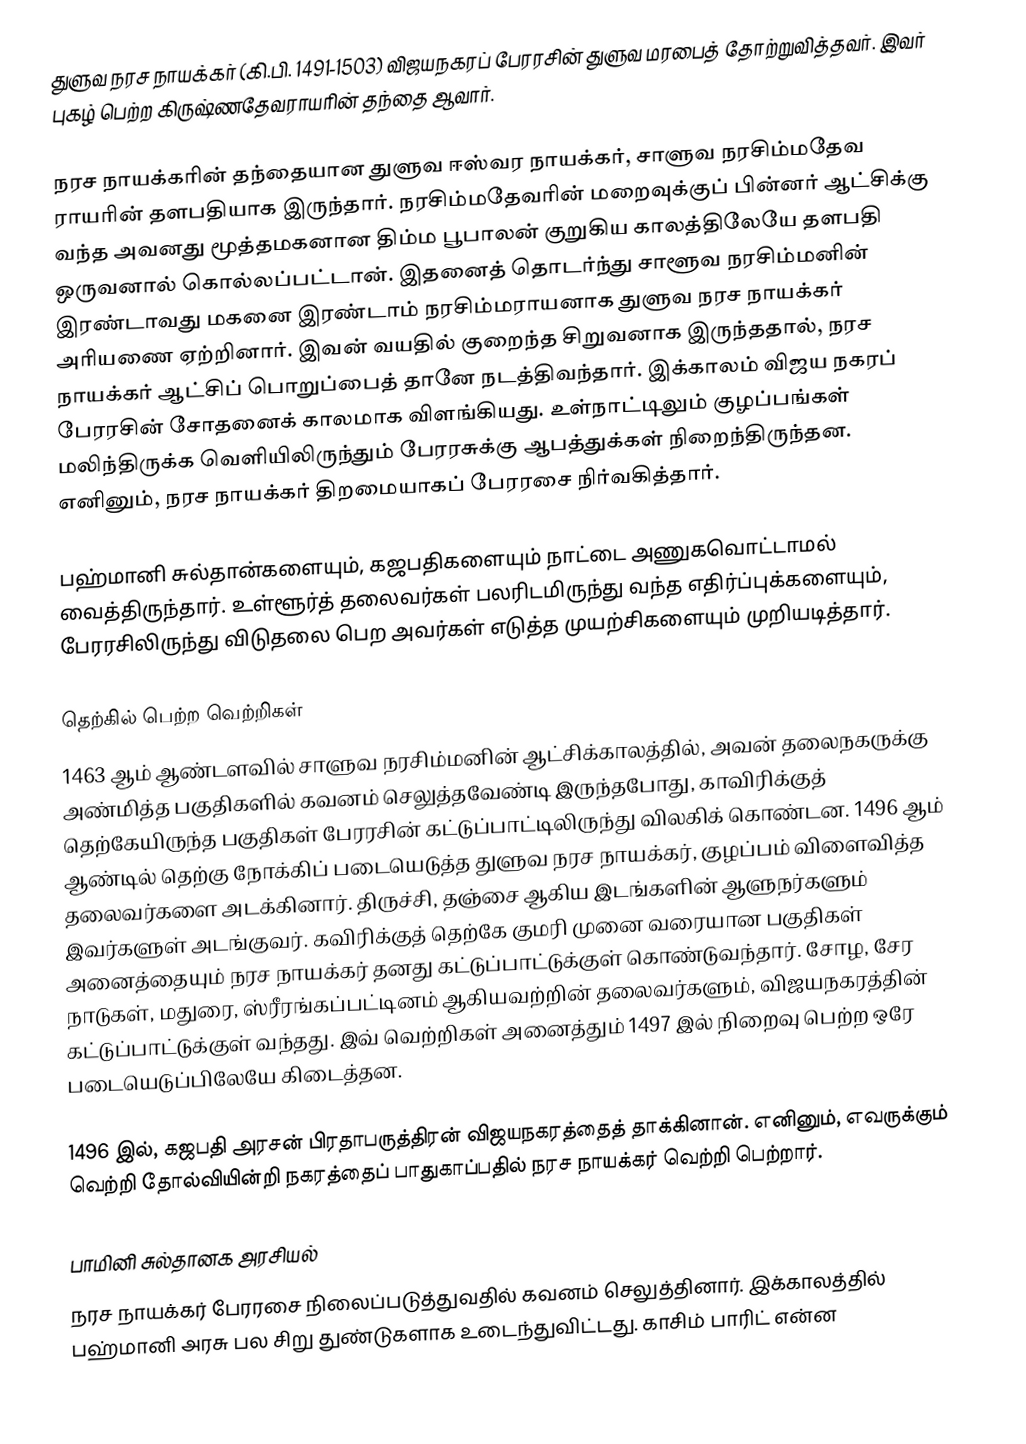
துளுவ நரச நாயக்கர் (கி.பி. 1491-1503) விஜயநகரப் பேரரசின் துளுவ மரபைத் தோற்றுவித்தவர். இவர் புகழ் பெற்ற கிருஷ்ணதேவராயரின் தந்தை ஆவார்.

நரச நாயக்கரின்  தந்தையான துளுவ ஈஸ்வர நாயக்கர், சாளுவ நரசிம்மதேவ ராயரின் தளபதியாக இருந்தார். நரசிம்மதேவரின் மறைவுக்குப் பின்னர் ஆட்சிக்கு வந்த அவனது மூத்தமகனான திம்ம பூபாலன் குறுகிய காலத்திலேயே தளபதி ஒருவனால் கொல்லப்பட்டான். இதனைத் தொடர்ந்து சாளூவ நரசிம்மனின் இரண்டாவது மகனை இரண்டாம் நரசிம்மராயனாக துளுவ நரச நாயக்கர்  அரியணை ஏற்றினார். இவன் வயதில் குறைந்த சிறுவனாக இருந்ததால், நரச நாயக்கர்  ஆட்சிப் பொறுப்பைத் தானே நடத்திவந்தார். இக்காலம் விஜய நகரப் பேரரசின் சோதனைக் காலமாக விளங்கியது. உள்நாட்டிலும் குழப்பங்கள் மலிந்திருக்க வெளியிலிருந்தும் பேரரசுக்கு ஆபத்துக்கள் நிறைந்திருந்தன. எனினும், நரச நாயக்கர்  திறமையாகப் பேரரசை நிர்வகித்தார்.

பஹ்மானி சுல்தான்களையும், கஜபதிகளையும் நாட்டை அணுகவொட்டாமல் வைத்திருந்தார். உள்ளூர்த் தலைவர்கள் பலரிடமிருந்து வந்த எதிர்ப்புக்களையும், பேரரசிலிருந்து விடுதலை பெற அவர்கள் எடுத்த முயற்சிகளையும் முறியடித்தார்.

தெற்கில் பெற்ற வெற்றிகள்
1463 ஆம் ஆண்டளவில் சாளுவ நரசிம்மனின் ஆட்சிக்காலத்தில், அவன் தலைநகருக்கு அண்மித்த பகுதிகளில் கவனம் செலுத்தவேண்டி இருந்தபோது, காவிரிக்குத் தெற்கேயிருந்த பகுதிகள் பேரரசின் கட்டுப்பாட்டிலிருந்து விலகிக் கொண்டன. 1496 ஆம் ஆண்டில் தெற்கு நோக்கிப் படையெடுத்த துளுவ நரச நாயக்கர், குழப்பம் விளைவித்த தலைவர்களை அடக்கினார். திருச்சி, தஞ்சை ஆகிய இடங்களின் ஆளுநர்களும் இவர்களுள் அடங்குவர். கவிரிக்குத் தெற்கே குமரி முனை வரையான பகுதிகள் அனைத்தையும் நரச நாயக்கர் தனது கட்டுப்பாட்டுக்குள் கொண்டுவந்தார். சோழ, சேர நாடுகள், மதுரை, ஸ்ரீரங்கப்பட்டினம் ஆகியவற்றின் தலைவர்களும், விஜயநகரத்தின் கட்டுப்பாட்டுக்குள் வந்தது. இவ் வெற்றிகள் அனைத்தும் 1497 இல் நிறைவு பெற்ற ஒரே படையெடுப்பிலேயே கிடைத்தன.

1496 இல், கஜபதி அரசன் பிரதாபருத்திரன் விஜயநகரத்தைத் தாக்கினான். எனினும், எவருக்கும் வெற்றி தோல்வியின்றி நகரத்தைப் பாதுகாப்பதில் நரச நாயக்கர் வெற்றி பெற்றார்.

பாமினி சுல்தானக அரசியல்
நரச நாயக்கர் பேரரசை நிலைப்படுத்துவதில் கவனம் செலுத்தினார். இக்காலத்தில் பஹ்மானி அரசு பல சிறு துண்டுகளாக உடைந்துவிட்டது. காசிம் பாரிட் என்ன